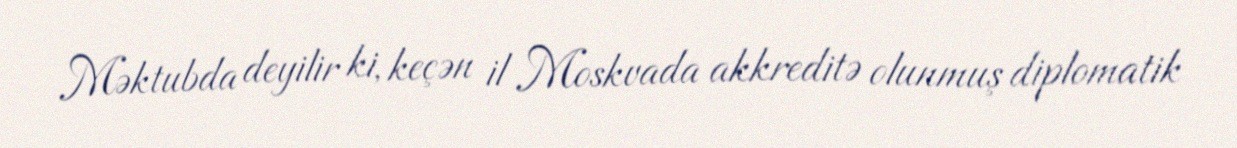
Məktubda deyilir ki, keçən il Moskvada akkreditə olunmuş diplomatik